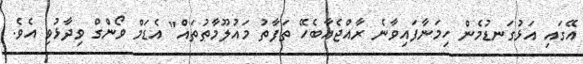
އޭގައި އަޅުގަނޑުމެން ހިމަނާފައިވާނެ ރާއްޖެއާބެހޭ ތަފާތު މައުލޫމާތުތައް" އެޑަމް ވޯންގް ވިދާޅުވި އެވެ.